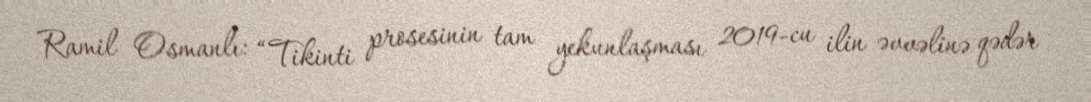
Ramil Osmanlı: “Tikinti prosesinin tam yekunlaşması 2019-cu ilin əvvəlinə qədər